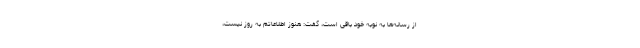
از رسانه‌ها به نوبه خود باقی است، گفت: هنوز اطلاعاتم به روز نیست،